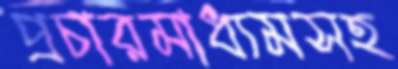
প্রচারমাধ্যমসহ